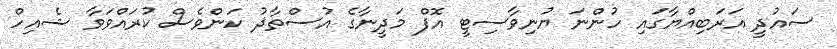
ސައުދީ އަރަބިއްޔާގައި ހުންނަ ޔުނިވާސިޓީ އޮފް މަދީނާގެ އުސްތާޛު ކަންވެސް ކުރައްވަވާ ޝެއިހް